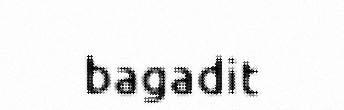
bagadit